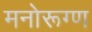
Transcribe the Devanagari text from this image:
मनोरूग्ण